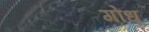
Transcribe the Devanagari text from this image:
गोधू